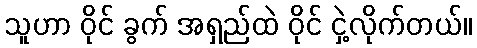
သူဟာ ဝိုင် ခွက် အရှည်ထဲ ဝိုင် ငှဲ့လိုက်တယ်။